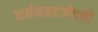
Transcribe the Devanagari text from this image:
आर्यमतसंजीवनी